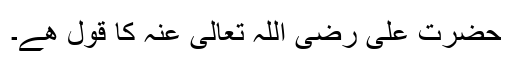
حضرت علی رضی اللہ تعالی عنہ کا قول ھے۔